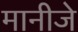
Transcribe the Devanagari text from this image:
मानीजे